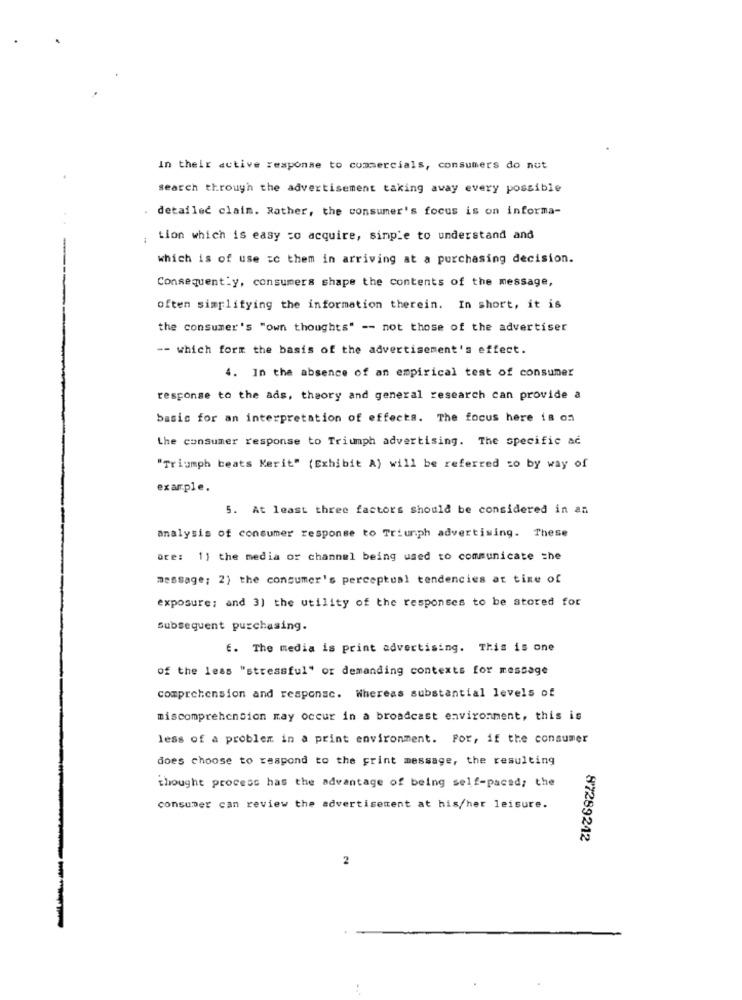
In their active response to commercials, consumers do nut
search through the advertisement taking away every possible
detailed claim. Rather, the consumer's focus is on informa-
tion which is easy to acquire, simple to understand and
which is of use :c them in arriving at a purchasing decision.
Consequently, consumers shape the contents of the message,
often simplifying the information therein. In short, it is
the consumer's "own thoughts" -- not those of the advertiser
-- which form the basis of the advertisement's effect.
4. In the absence of an empirical test of consumer
response to the ads, theory and general research can provide a
basic for an interpretation of effects. The focus here is on
the consumer response to Triumph advertising. The specific ac
"Triumph beats Kerit" (Exhibit A) will be referred so by way of
example.
5. At least three factors should be considered in an
analysis of consumer response to Triumph advertising. These
are: 11 the media or channel being used to communicate =he
message; 2) the consumer's perceptual tendencies at tine of
exposure; and 3) the utility of the responses to be stored for
Subsequent purchasing.
E. The media is print advertising. This is one
of the less "stressful" or demanding contexts for message
comprehension and response. Whereas substantial levels of
miscomprehension may occur in a broadcast environment, this is
less of a problem in a print environment. For, if the consumer
does choose to respond to the print message, the resulting
thought process has the advantage of being self-paced; the
consumer can review the advertisement at his/her leisure.
87289242
2